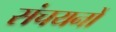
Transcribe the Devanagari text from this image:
संचयनों